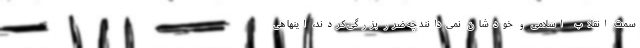
سمت انقلاب اسلامی و خودشان نمی‌دانند چه ضرر بزرگی کردند، اینها هی